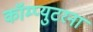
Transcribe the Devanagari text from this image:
कॉम्प्युटरना